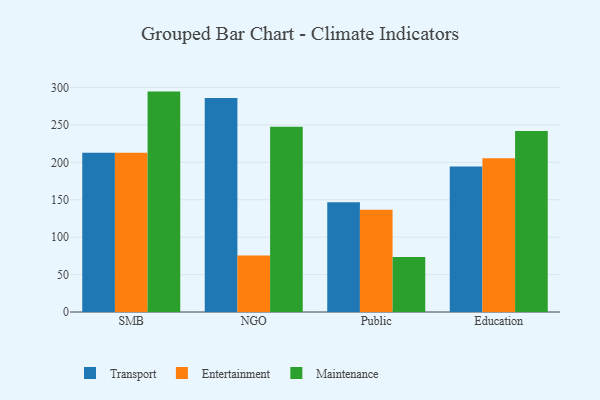
{"axis": {"x": "Segment", "y": "Bounce Rate (%)"}, "legend": ["Entertainment", "Maintenance", "Transport"], "data": [{"x": "SMB", "y": 212.7, "type": "Transport"}, {"x": "SMB", "y": 212.9, "type": "Entertainment"}, {"x": "SMB", "y": 294.5, "type": "Maintenance"}, {"x": "NGO", "y": 286.1, "type": "Transport"}, {"x": "NGO", "y": 75.5, "type": "Entertainment"}, {"x": "NGO", "y": 247.5, "type": "Maintenance"}, {"x": "Public", "y": 146.7, "type": "Transport"}, {"x": "Public", "y": 136.7, "type": "Entertainment"}, {"x": "Public", "y": 73.6, "type": "Maintenance"}, {"x": "Education", "y": 194.4, "type": "Transport"}, {"x": "Education", "y": 205.6, "type": "Entertainment"}, {"x": "Education", "y": 241.7, "type": "Maintenance"}]}